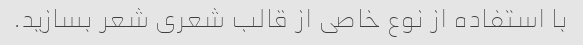
با استفاده از نوع خاصی از قالب شعری شعر بسازید.